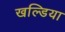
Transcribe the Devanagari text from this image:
खल्डिया